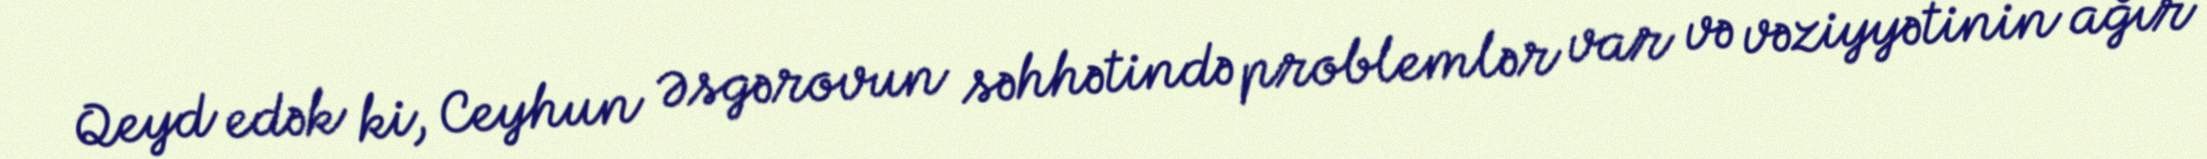
Qeyd edək ki, Ceyhun Əsgərovun səhhətində problemlər var və vəziyyətinin ağır